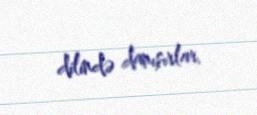
dilində danışırlar.